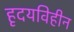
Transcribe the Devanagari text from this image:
हृदयविहीन